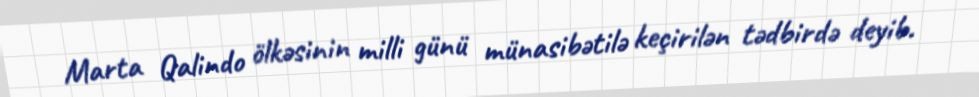
Marta Qalindo ölkəsinin milli günü münasibətilə keçirilən tədbirdə deyib.